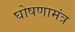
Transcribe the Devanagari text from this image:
घोषणामंत्र